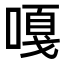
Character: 嘎